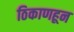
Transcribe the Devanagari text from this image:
ठिकाणहून